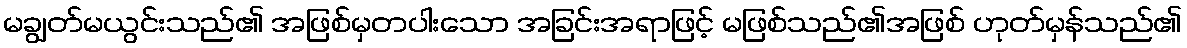
မချွတ်မယွင်းသည်၏ အဖြစ်မှတပါးသော အခြင်းအရာဖြင့် မဖြစ်သည်၏အဖြစ် ဟုတ်မှန်သည်၏